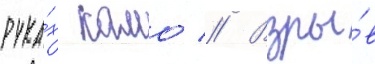
рука́х камо // Взры́в